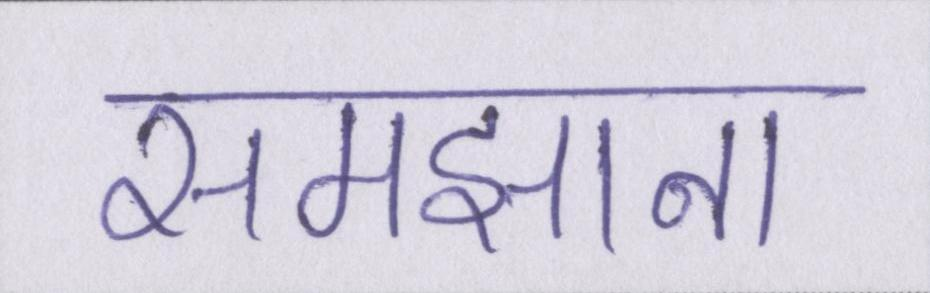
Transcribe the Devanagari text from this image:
समझाना